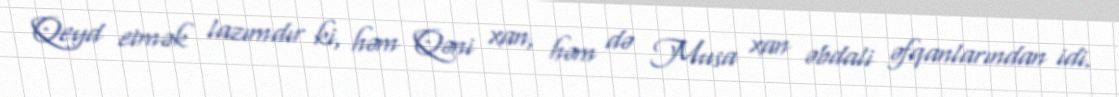
Qeyd etmək lazımdır ki, həm Qəni xan, həm də Musa xan əbdali əfqanlarından idi.